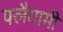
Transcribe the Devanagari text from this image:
फ्लैगामी